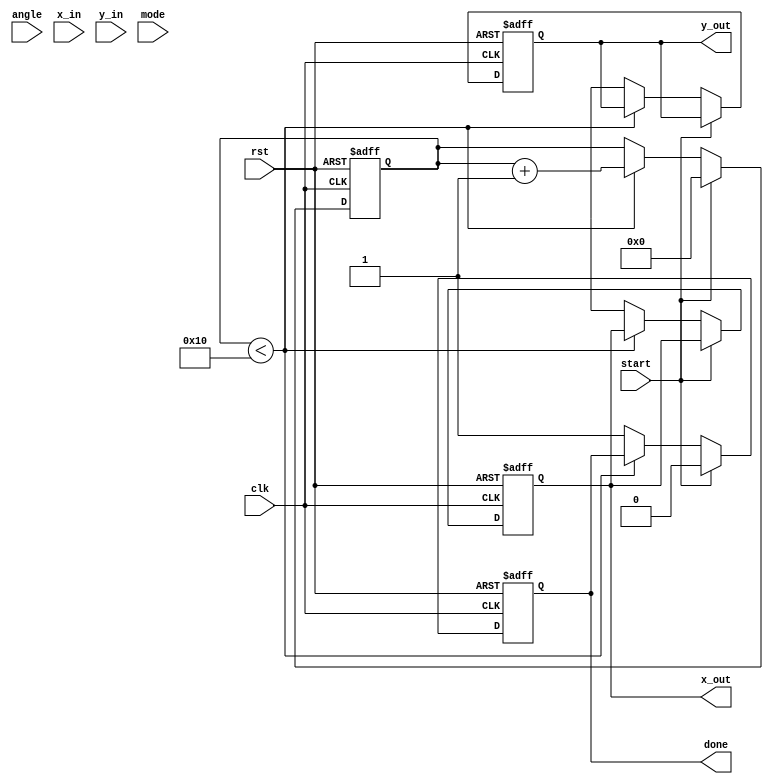
module adaptive_cordic #(
    parameter WIDTH = 16,          // Bit width for fixed-point representation
    parameter ITERATIONS = 16      // Number of CORDIC iterations
)(
    input wire clk,
    input wire rst,
    input wire [WIDTH-1:0] angle,  // Input angle in radians (fixed-point)
    input wire [WIDTH-1:0] x_in,    // Input x value
    input wire [WIDTH-1:0] y_in,    // Input y value
    input wire mode,                // Mode: 0 for rotation, 1 for vectoring
    input wire start,               // Start signal
    output reg [WIDTH-1:0] x_out,   // Output x value
    output reg [WIDTH-1:0] y_out,   // Output y value
    output reg done                 // Completion signal
);

    reg [WIDTH-1:0] x[0:ITERATIONS-1]; // Pipeline registers for x
    reg [WIDTH-1:0] y[0:ITERATIONS-1]; // Pipeline registers for y
    reg [WIDTH-1:0] z[0:ITERATIONS-1]; // Pipeline registers for angle
    reg [4:0] iteration;                // Current iteration count
    reg [WIDTH-1:0] atan_table[0:ITERATIONS-1]; // Lookup table for atan values
    reg scaling_factor;                  // Scaling factor

    // Initialize the arctangent lookup table
    initial begin
        atan_table[0] = 16'h2000; // atan(2^-0)
        atan_table[1] = 16'h1000; // atan(2^-1)
        atan_table[2] = 16'h0800; // atan(2^-2)
        atan_table[3] = 16'h0400; // atan(2^-3)
        // Add more values as needed
    end

    // Scaling factor for CORDIC
    always @(*) begin
        scaling_factor = 1 << (ITERATIONS - 1);
    end

    // CORDIC iteration process
    always @(posedge clk or posedge rst) begin
        if (rst) begin
            iteration <= 0;
            x_out <= 0;
            y_out <= 0;
            done <= 0;
        end else if (start) begin
            // Initialize inputs
            x[0] <= x_in;
            y[0] <= y_in;
            z[0] <= angle;
            iteration <= 0;
            done <= 0;
        end else if (iteration < ITERATIONS) begin
            // Perform CORDIC rotation or vectoring
            if (z[iteration] < 0) begin
                x[iteration + 1] <= x[iteration] + (y[iteration] >>> iteration);
                y[iteration + 1] <= y[iteration] - (x[iteration] >>> iteration);
                z[iteration + 1] <= z[iteration] + atan_table[iteration];
            end else begin
                x[iteration + 1] <= x[iteration] - (y[iteration] >>> iteration);
                y[iteration + 1] <= y[iteration] + (x[iteration] >>> iteration);
                z[iteration + 1] <= z[iteration] - atan_table[iteration];
            end
            iteration <= iteration + 1;
        end else begin
            // Final output after iterations
            x_out <= x[ITERATIONS];
            y_out <= y[ITERATIONS];
            done <= 1;
        end
    end

endmodule